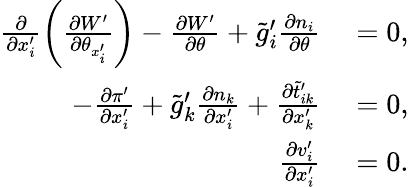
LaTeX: \begin{array}{rl}{\frac{\partial}{\partial x_{i}^{\prime}}\left(\frac{\partial W^{\prime}}{\partial\theta_{x_{i}^{\prime}}}\right)-\frac{\partial W^{\prime}}{\partial\theta}+\tilde{g}_{i}^{\prime}\frac{\partial n_{i}}{\partial\theta}}&{{}=0,}\\ {-\frac{\partial\pi^{\prime}}{\partial x_{i}^{\prime}}+\tilde{g}_{k}^{\prime}\frac{\partial n_{k}}{\partial x_{i}^{\prime}}+\frac{\partial\tilde{t}_{ik}^{\prime}}{\partial x_{k}^{\prime}}}&{{}=0,}\\ {\frac{\partial v_{i}^{\prime}}{\partial x_{i}^{\prime}}}&{{}=0.}\end{array}